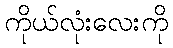
ကိုယ်လုံးလေးကို